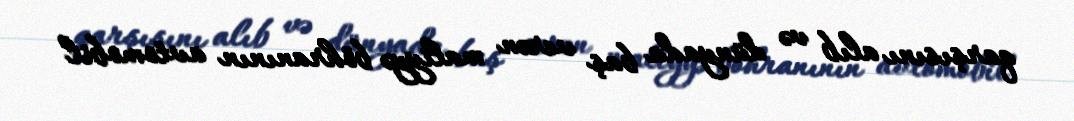
qarşısını alıb və dünyada baş verən maliyyə böhranının avtomobil